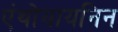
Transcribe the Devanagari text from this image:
एंथोयायनिन